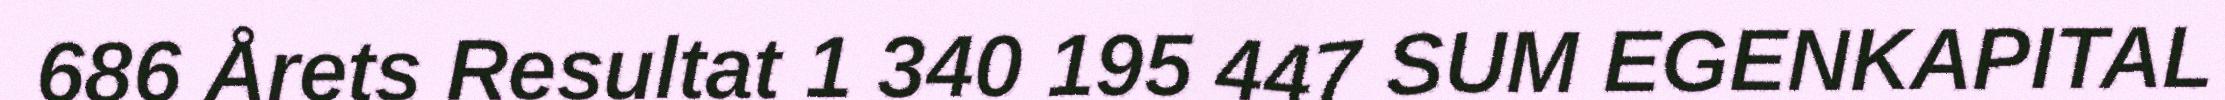
686 Årets Resultat 1 340 195 447 SUM EGENKAPITAL